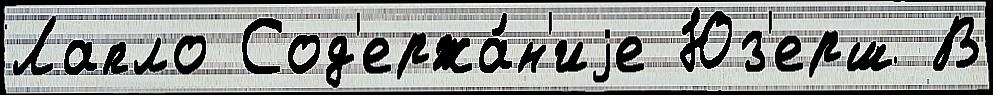
Лапло Сод'ержа́н'иjе Юз'ерш В